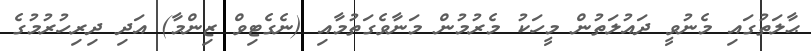
ޙާލަތުގައި މެނުވީ ދައުލަތުން މީހަކު މެރުމުން މަނާވެގަތުމާއި (ނެގެޓިވް ޒިންމާ) އަދި ދިރިހުރުމުގެ